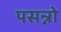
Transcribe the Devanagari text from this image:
पसन्नो